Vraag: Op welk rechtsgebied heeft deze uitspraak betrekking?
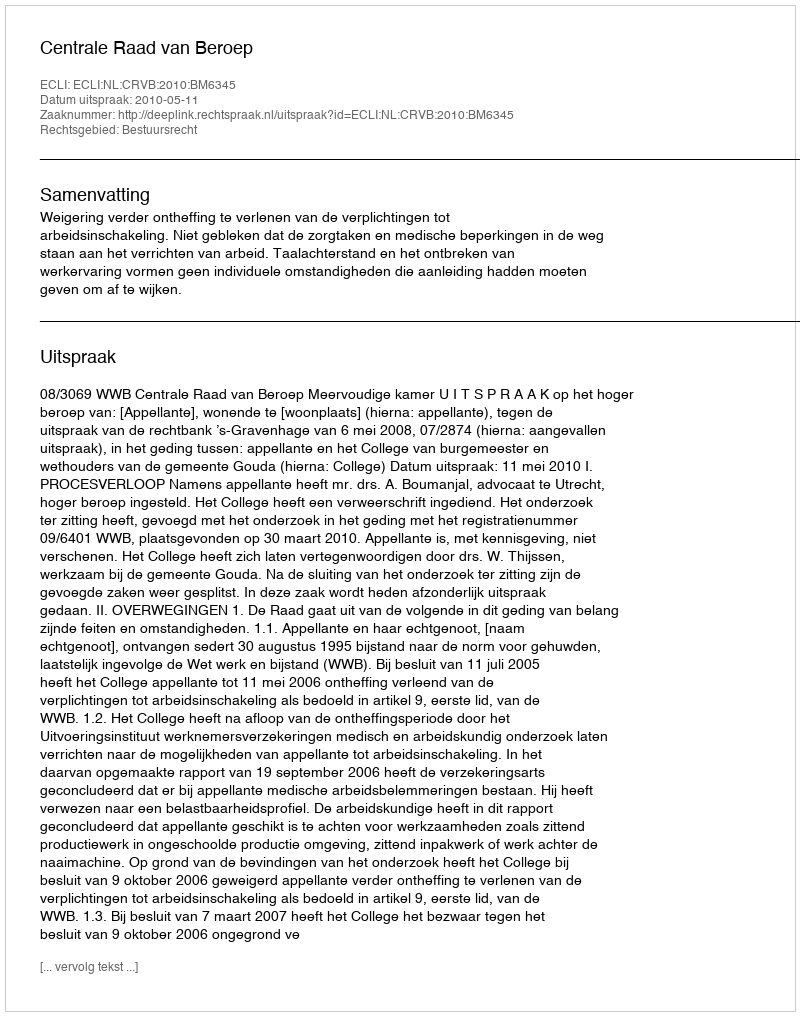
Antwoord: Bestuursrecht